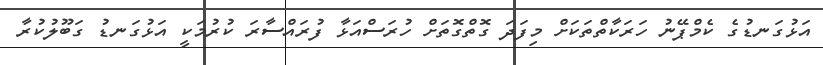
އަޅުގަނޑުގެ ކެމްޕޭނު ހަރަކާތްތަކަށް މިފަދަ ގޮތްގޮތަށް ހުރަސްއަޅާ ފުރައްސާރަ ކުރުމަކީ އަޅުގަނޑު ގަބޫލުކުރާ